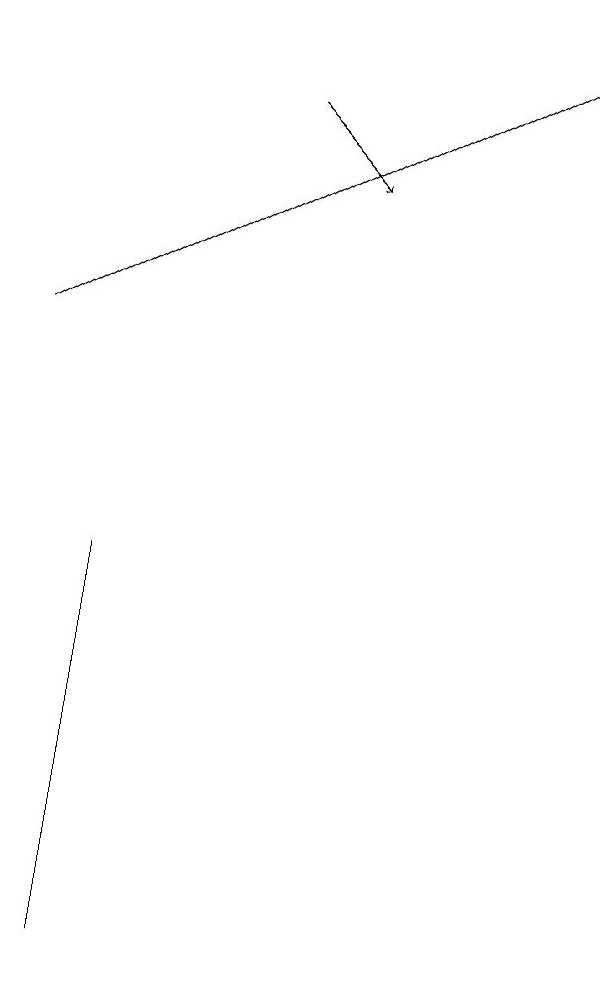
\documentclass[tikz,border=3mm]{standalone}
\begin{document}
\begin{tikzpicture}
\draw[->] (3,14) -- (4,13);
\draw (1,8) -- (1,6) -- (1,3) -- cycle;
\draw[->] (0,11) -- (7,15);
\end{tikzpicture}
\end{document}